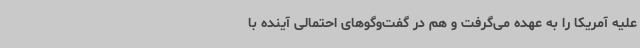
علیه آمریکا را به عهده می‌گرفت و هم در گفت‌وگوهای احتمالی آینده با